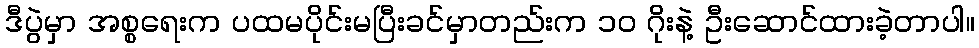
ဒီပွဲမှာ အစ္စရေးက ပထမပိုင်းမပြီးခင်မှာတည်းက ၁၀ ဂိုးနဲ့ ဦးဆောင်ထားခဲ့တာပါ။